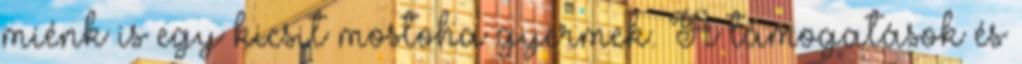
miénk is egy kicsit mostoha gyermek. A támogatások és